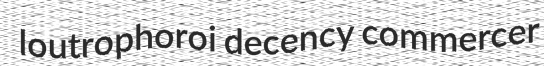
loutrophoroi decency commercer